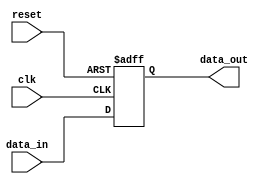
module io_buffer (
    input wire clk,
    input wire reset,
    input wire [7:0] data_in,
    output reg [7:0] data_out
);

reg [7:0] buffer;

always @(posedge clk or posedge reset) begin
    if (reset) begin
        buffer <= 8'b00000000;
    end else begin
        buffer <= data_in;
        // additional processing and buffering logic here
    end
end

assign data_out = buffer;

endmodule